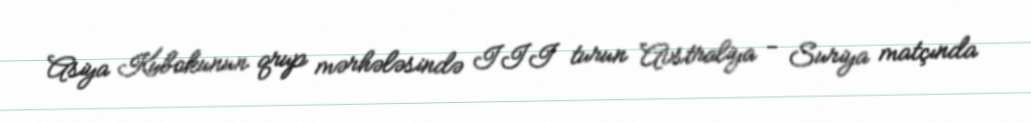
Asiya Kubokunun qrup mərhələsində III turun Avstraliya - Suriya matçında